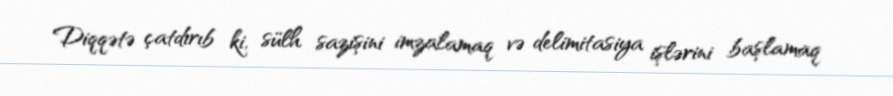
Diqqətə çatdırıb ki, sülh sazişini imzalamaq və delimitasiya işlərini başlamaq